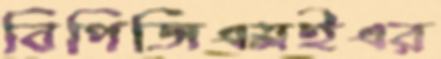
বিপিজিএমইএর